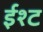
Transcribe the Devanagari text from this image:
ईश्ट